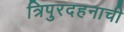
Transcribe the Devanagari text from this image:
त्रिपुरदहनाची